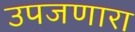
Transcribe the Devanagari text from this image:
उपजणारा